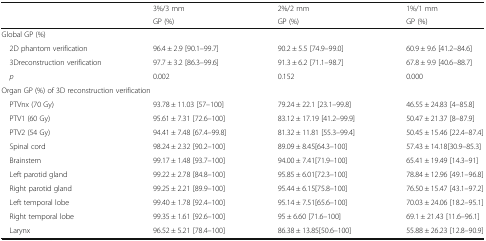
<table><thead><tr><td rowspan="2"></td><td><b>3%/3 mm</b></td><td><b>2%/2 mm</b></td><td><b>1%/1 mm</b></td></tr><tr><td><b>GP (%)</b></td><td><b>GP (%)</b></td><td><b>GP (%)</b></td></tr></thead><tbody><tr><td colspan="4">Global GP (%)</td></tr><tr><td> 2D phantom verification</td><td>96.4 ± 2.9 [90.1–99.7]</td><td>90.2 ± 5.5 [74.9–99.0]</td><td>60.9 ± 9.6 [41.2–84.6]</td></tr><tr><td> 3Dreconstruction verification</td><td>97.7 ± 3.2 [86.3–99.6]</td><td>91.3 ± 6.2 [71.1–98.7]</td><td>67.8 ± 9.9 [40.6–88.7]</td></tr><tr><td> <i>p</i></td><td>0.002</td><td>0.152</td><td>0.000</td></tr><tr><td colspan="4">Organ GP (%) of 3D reconstruction verification</td></tr><tr><td> PTVnx (70 Gy)</td><td>93.78 ± 11.03 [57–100]</td><td>79.24 ± 22.1 [23.1–99.8]</td><td>46.55 ± 24.83 [4–85.8]</td></tr><tr><td> PTV1 (60 Gy)</td><td>95.61 ± 7.31 [72.6–100]</td><td>83.12 ± 17.19 [41.2–99.9]</td><td>50.47 ± 21.37 [8–87.9]</td></tr><tr><td> PTV2 (54 Gy)</td><td>94.41 ± 7.48 [67.4–99.8]</td><td>81.32 ± 11.81 [55.3–99.4]</td><td>50.45 ± 15.46 [22.4–87.4]</td></tr><tr><td> Spinal cord</td><td>98.24 ± 2.32 [90.2–100]</td><td>89.09 ± 8.45[64.3–100]</td><td>57.43 ± 14.18[30.9–85.3]</td></tr><tr><td> Brainstem</td><td>99.17 ± 1.48 [93.7–100]</td><td>94.00 ± 7.41[71.9–100]</td><td>65.41 ± 19.49 [14.3–91]</td></tr><tr><td> Left parotid gland</td><td>99.22 ± 2.78 [84.8–100]</td><td>95.85 ± 6.01[72.3–100]</td><td>78.84 ± 12.96 [49.1–96.8]</td></tr><tr><td> Right parotid gland</td><td>99.25 ± 2.21 [89.9–100]</td><td>95.44 ± 6.15[75.8–100]</td><td>76.50 ± 15.47 [43.1–97.2]</td></tr><tr><td> Left temporal lobe</td><td>99.40 ± 1.78 [92.4–100]</td><td>95.14 ± 7.51[65.6–100]</td><td>70.03 ± 24.06 [18.2–95.1]</td></tr><tr><td> Right temporal lobe</td><td>99.35 ± 1.61 [92.6–100]</td><td>95 ± 6.60 [71.6–100]</td><td>69.1 ± 21.43 [11.6–96.1]</td></tr><tr><td> Larynx</td><td>96.52 ± 5.21 [78.4–100]</td><td>86.38 ± 13.85[50.6–100]</td><td>55.88 ± 26.23 [12.8–90.9]</td></tr></tbody></table>